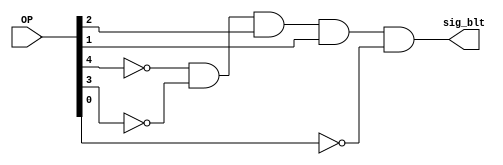
module min_blt(OP, sig_blt);
	// min stands for Minterms
	// here we got just one term: sig_blt = OP[4]' AND OP[3]' AND ...
	input [4:0] OP;
	output sig_blt;
	
	and myOP_and (sig_blt, ~OP[4], ~OP[3], OP[2], OP[1], ~OP[0]);
	
endmodule